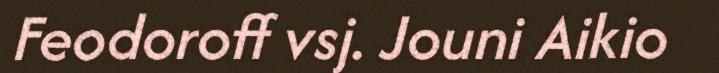
Feodoroff vsj. Jouni Aikio